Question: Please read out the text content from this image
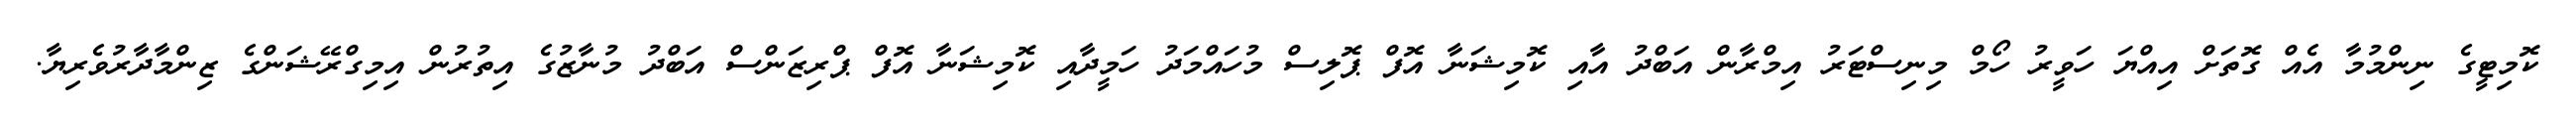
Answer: ކޮމިޓީގެ ނިންމުމާ އެއް ގޮތަށް އިއްޔަ ހަވީރު ހޯމް މިނިސްޓަރު އިމްރާން އަބްދު އާއި ކޮމިޝަނާ އޮފް ޕޮލިސް މުހައްމަދު ހަމީދާއި ކޮމިޝަނާ އޮފް ޕްރިޒަންސް އަބްދު މުނާޒުގެ އިތުރުން އިމިގްރޭޝަންގެ ޒިންމާދާރުވެރިޔާ.